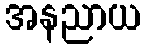
အနညာယ